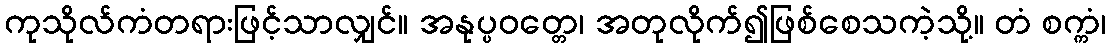
ကုသိုလ်ကံတရားဖြင့်သာလျှင်။ အနုပ္ပဝတ္တေ၊ အတုလိုက်၍ဖြစ်စေသကဲ့သို့။ တံ စက္ကံ၊